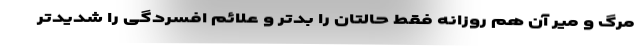
مرگ و میر آن هم روزانه فقط حالتان را بدتر و علائم افسردگی را شدیدتر